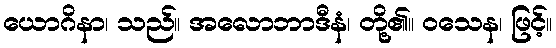
ယောဂိနာ၊ သည်။ အလောဘာဒီနံ၊ တို့၏။ ဝသေန၊ ဖြင့်။